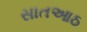
સાતઆઠ